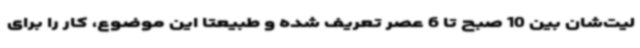
لیت‌شان بین 10 صبح تا 6 عصر تعریف شده و طبیعتا این موضوع، کار را برای